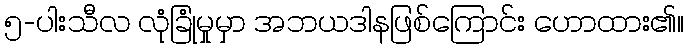
၅-ပါးသီလ လုံခြုံမှုမှာ အဘယဒါနဖြစ်ကြောင်း ဟောထား၏။